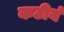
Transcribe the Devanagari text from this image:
कटीयं